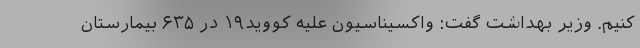
کنیم. وزیر بهداشت گفت: واکسیناسیون علیه کووید۱۹ در ۶۳۵ بیمارستان